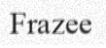
Frazee